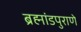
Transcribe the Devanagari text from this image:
ब्रह्मांडपुराणे